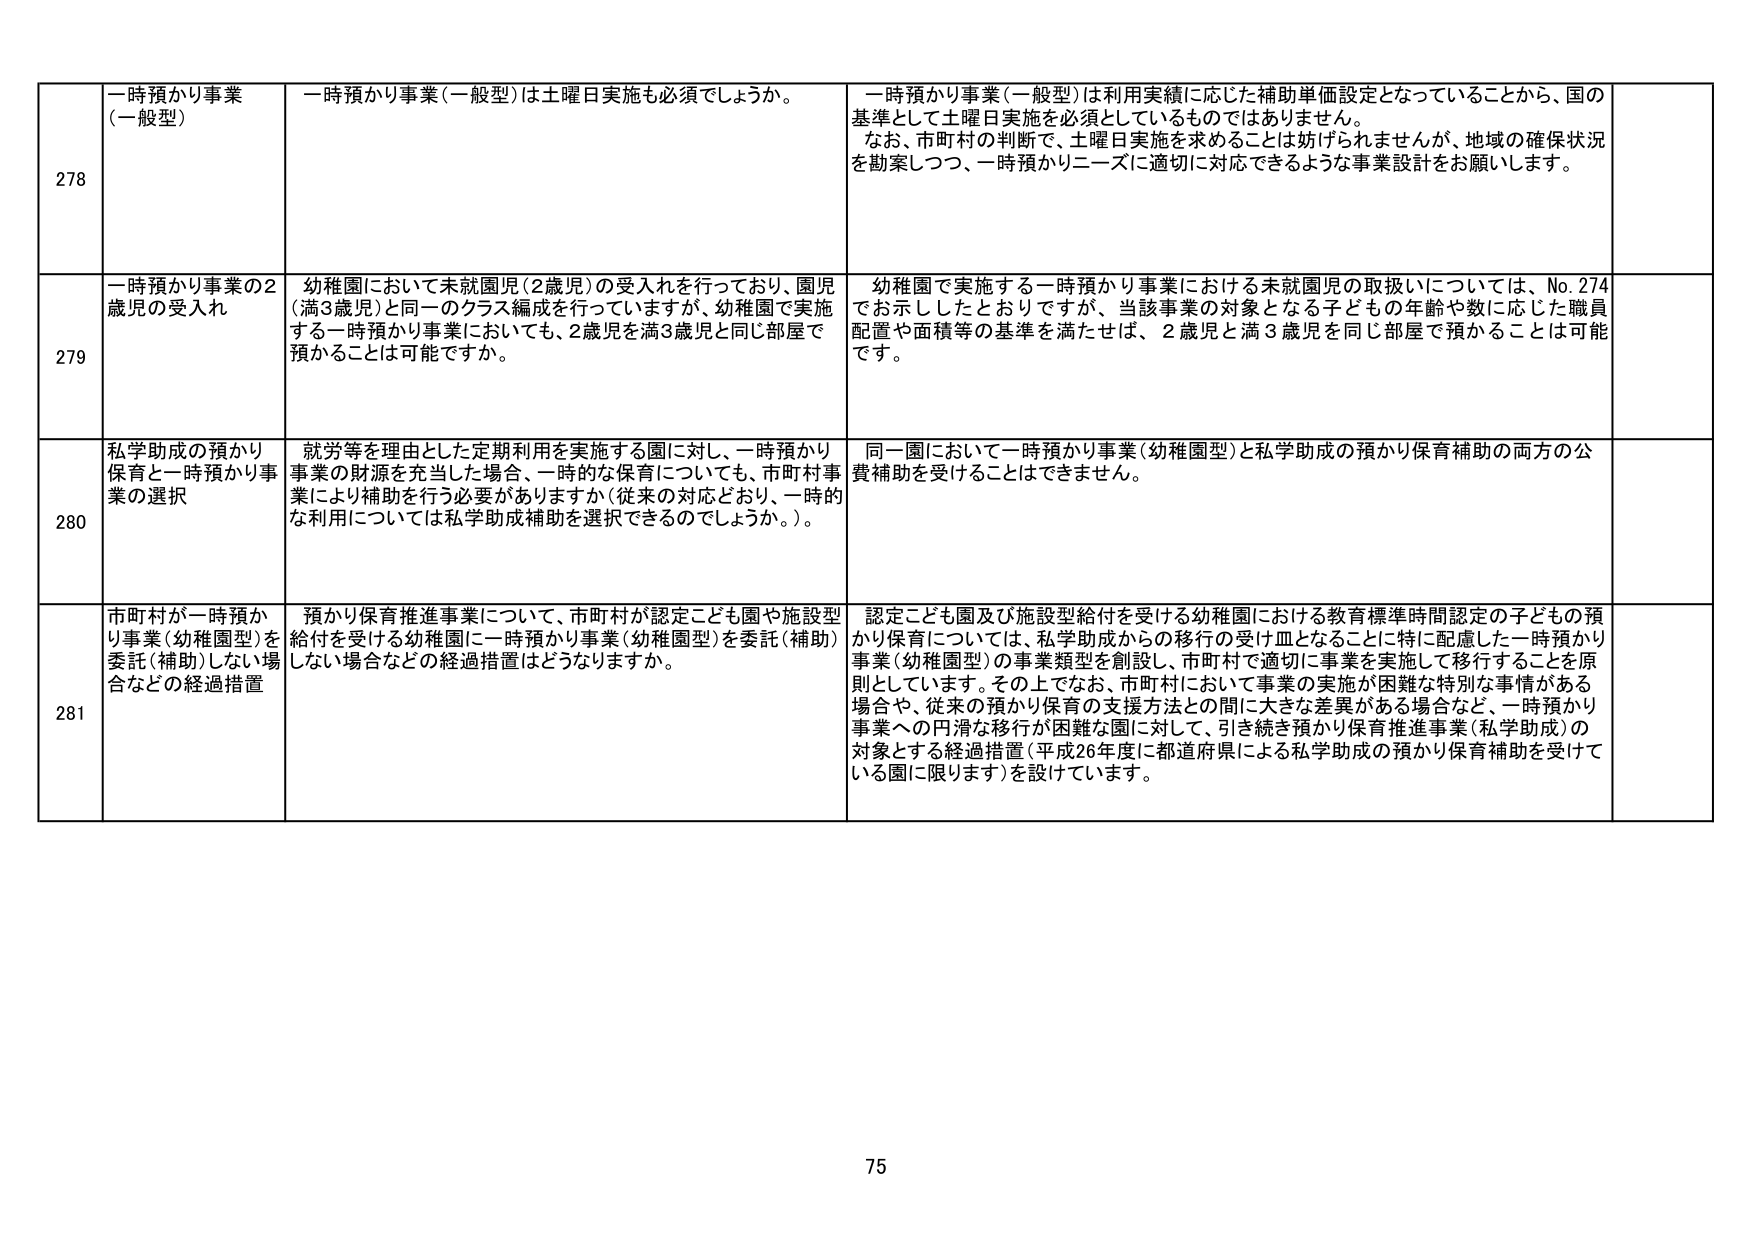
278 一時預かり事業（一般型） 一時預かり事業（一般型）は土曜日実施も必須でしょうか。 一時預かり事業（一般型）は利用実績に応じた補助単価設定となっていることから、国の基準として土曜日実施を必須としているものではありません。 なお、市町村の判断で、土曜日実施を求めることは妨げられませんが、地域の確保状況を勘案しつつ、一時預かりニーズに適切に対応できるような事業設計をお願いします。

279 一時預かり事業の2歳児の受入れ 幼稚園において未就園児（2歳児）の受入れを行っており、園児（満3歳児）と同一のクラス編成を行っていますが、幼稚園で実施する一時預かり事業においても、2歳児を満3歳児と同じ部屋で預かることは可能ですか。 幼稚園で実施する一時預かり事業における未就園児の取扱いについては、No.274でお示ししたとおりですが、当該事業の対象となる子どもの年齢や数に応じた職員配置や面積等の基準を満たせば、2歳児と満3歳児を同じ部屋で預かることは可能です。

280 私学助成の預かり保育と一時預かり事業の選択 就労等を理由とした定期利用を実施する園に対し、一時預かり事業の財源を充当した場合、一時的な保育についても、市町村事業により補助を行う必要がありますか（従来の対応どおり、一時的な利用については私学助成補助を選択できるのでしょうか。）。 同一園において一時預かり事業（幼稚園型）と私学助成の預かり保育補助の両方の公費補助を受けることはできません。

281 市町村が一時預かり事業（幼稚園型）を委託（補助）しない場合などの経過措置 預かり保育推進事業について、市町村が認定こども園や施設型給付を受ける幼稚園に一時預かり事業（幼稚園型）を委託（補助）しない場合などの経過措置はどうなりますか。 認定こども園及び施設型給付を受ける幼稚園における教育標準時間認定の子どもの預かり保育については、私学助成からの移行の受け皿となることに特に配慮した一時預かり事業（幼稚園型）の事業類型を創設し、市町村で適切に事業を実施して移行することを原則としています。その上でなお、市町村において事業の実施が困難な特別な事情がある場合や、従来の預かり保育の支援方法との間に大きな差異がある場合など、一時預かり事業への円滑な移行が困難な園に対して、引き続き預かり保育推進事業（私学助成）の対象とする経過措置（平成26年度に都道府県による私学助成の預かり保育補助を受けている園に限ります）を設けています。

75